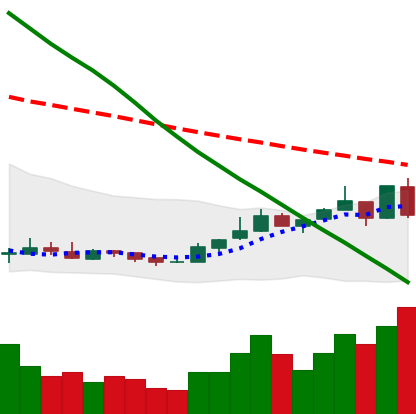
Ticker: ETC-USD
Chart end date: 2018-12-27
Forward return: 8.526%
Label: up_7plus